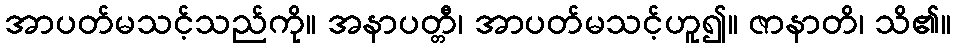
အာပတ်မသင့်သည်ကို။ အနာပတ္တီ၊ အာပတ်မသင့်ဟူ၍။ ဇာနာတိ၊ သိ၏။